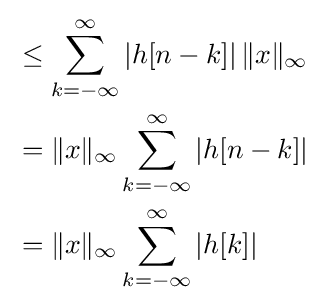
{\begin{aligned}&\leq \sum _{k=-\infty }^{\infty }\left|h[n-k]\right|\|x\|_{\infty }\\&=\|x\|_{\infty }\sum _{k=-\infty }^{\infty }\left|h[n-k]\right|\\&=\|x\|_{\infty }\sum _{k=-\infty }^{\infty }\left|h[k]\right|\end{aligned}}